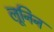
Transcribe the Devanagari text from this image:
लूनिन